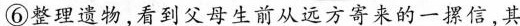
⑥整理遗物，看到父母生前从远方寄来的一摞信，其